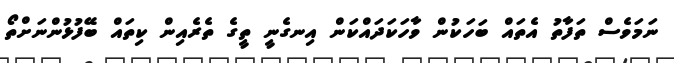
ނަމަވެސް ތަފާތު އެތައް ބަހަކުން ވާހަކަދައްކަން އިނގެނީ ތީގެ ތެރެއިން ކިތައް ބޭފުޅުންނަށްތޯ